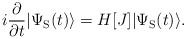
LaTeX: \begin{align*}i\frac{\partial}{\partial t}|\Psi_{\rm S}(t)\rangle = H[J]|\Psi_{\rm S}(t)\rangle. \end{align*}